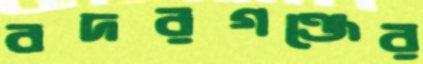
বদরগঞ্জের